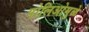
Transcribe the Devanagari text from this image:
पोलिओमुळे